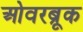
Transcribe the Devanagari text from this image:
ओवरब्रूक